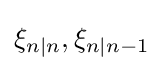
\xi _{n|n},\xi _{n|n-1}